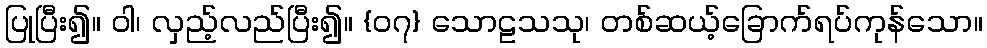
ပြုပြီး၍။ ဝါ၊ လှည့်လည်ပြီး၍။ {၀၇} သောဠသသု၊ တစ်ဆယ့်ခြောက်ရပ်ကုန်သော။